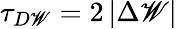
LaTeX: \tau_{D\mathscr{W}}=2\left|\Delta\mathscr{W}\right|